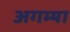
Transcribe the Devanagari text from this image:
अगम्या